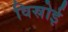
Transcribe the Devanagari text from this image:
विस्रोई